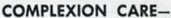
COMPLEXION CARE-